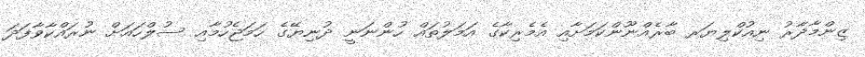
ޒިންމާދާރު ނިއުކްލިޔަރ ބާރެއްނޫންކަމަށާއި އެމެރިކާގެ އަމަލުތައް ހުންނަނީ ދުނިޔޭގެ ހަމަޖެހުމާއި ސުލްހައަށް ނުރައްކާވާފަދަ